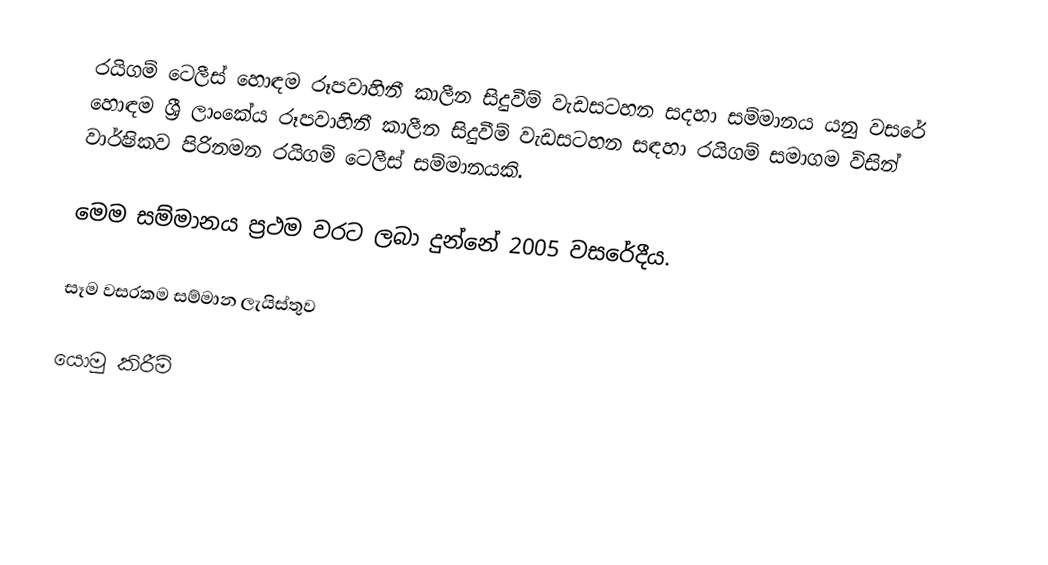
රයිගම් ටෙලීස් හොඳම රූපවාහිනී කාලීන සිදුවීම් වැඩසටහන සදහා සම්මානය යනු වසරේ හොඳම ශ්‍රී ලාංකේය රූපවාහිනී කාලීන සිදුවීම් වැඩසටහන සඳහා රයිගම් සමාගම විසින් වාර්ෂිකව පිරිනමන රයිගම් ටෙලීස් සම්මානයකි.

මෙම සම්මානය ප්‍රථම වරට ලබා දුන්නේ 2005 වසරේදීය.

සෑම වසරකම සම්මාන ලැයිස්තුව

යොමු කිරීම්